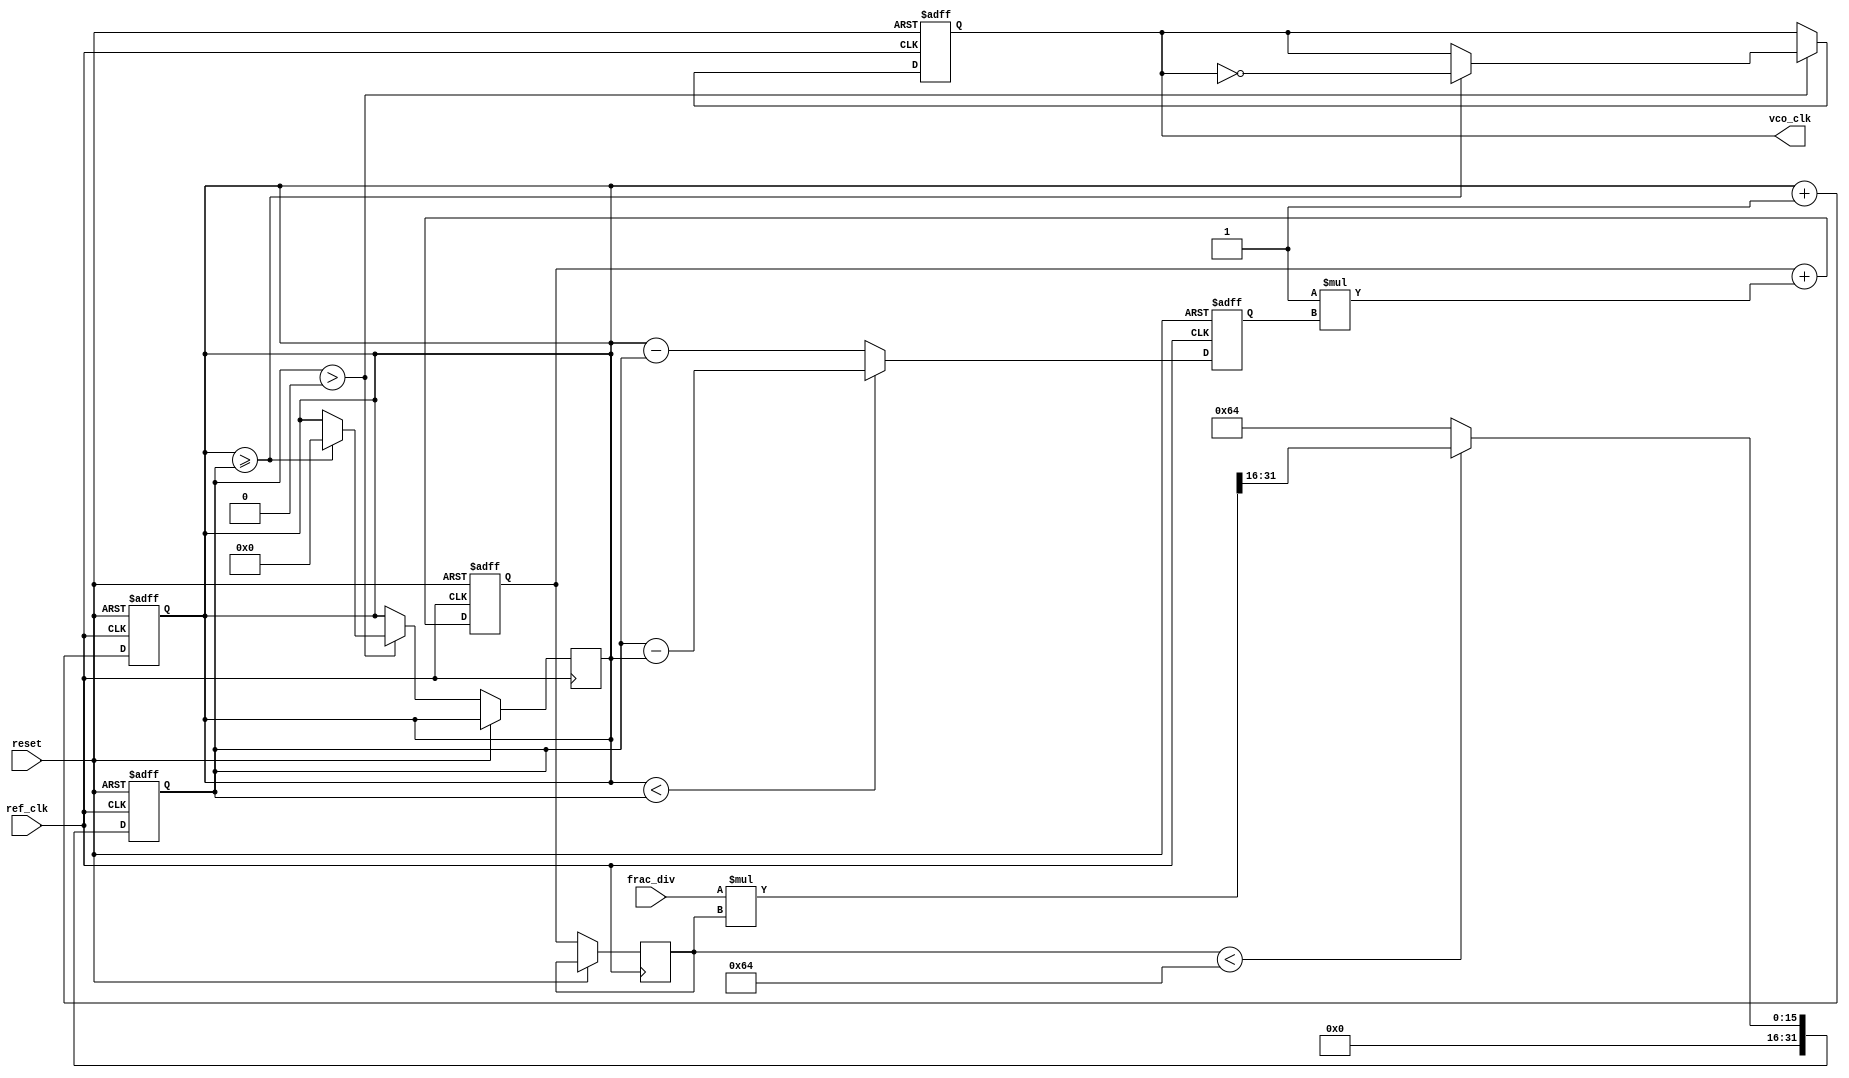
module fractional_PLL (
    input wire ref_clk,             // Reference clock input
    input wire reset,               // Asynchronous reset
    input wire [15:0] frac_div,     // Fractional division ratio (16-bit)
    output reg vco_clk              // VCO output clock
);

    // Internal signals
    reg [31:0] counter;              // Counter for reference clock cycles
    reg [31:0] vco_counter;          // VCO counter for generating output clock
    reg [31:0] phase_error;          // Phase error signal
    reg [31:0] control_voltage;       // Control voltage for VCO
    reg [31:0] loop_filter;           // Loop filter output

    // Parameters
    parameter VCO_MAX_FREQ = 100;    // Max frequency for VCO
    parameter LOOP_FILTER_GAIN = 1;   // Gain for loop filter

    // Phase Detector
    always @(posedge ref_clk or posedge reset) begin
        if (reset) begin
            counter <= 0;
            phase_error <= 0;
        end else begin
            // Increment the counter for each reference clock cycle
            counter <= counter + 1;

            // Simple phase error calculation (for demonstration)
            if (counter < vco_counter) begin
                phase_error <= vco_counter - counter; // Feedback clock is leading
            end else begin
                phase_error <= counter - vco_counter; // Feedback clock is lagging
            end
        end
    end

    // Loop Filter
    always @(posedge ref_clk or posedge reset) begin
        if (reset) begin
            loop_filter <= 0;
        end else begin
            // A simple proportional loop filter
            loop_filter <= loop_filter + (LOOP_FILTER_GAIN * phase_error);
            control_voltage <= loop_filter; // Update control voltage
        end
    end

    // Voltage-Controlled Oscillator (VCO)
    always @(posedge ref_clk or posedge reset) begin
        if (reset) begin
            vco_counter <= 0;
            vco_clk <= 0;
        end else begin
            // Adjust VCO frequency based on control voltage
            if (control_voltage < VCO_MAX_FREQ) begin
                vco_counter <= (frac_div * control_voltage) >> 16; // Scale control voltage
            end else begin
                vco_counter <= VCO_MAX_FREQ; // Limit to max frequency
            end

            // Generate VCO output clock
            if (vco_counter > 0) begin
                if (counter >= vco_counter) begin
                    vco_clk <= ~vco_clk; // Toggle VCO clock
                    counter <= 0; // Reset counter
                end
            end
        end
    end

endmodule